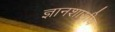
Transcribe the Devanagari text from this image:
ज्ञानशाखीय